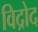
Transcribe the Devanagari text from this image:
विद्रोद